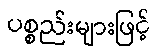
ပစ္စည်းများဖြင့်